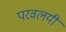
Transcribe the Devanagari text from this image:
परवलयी